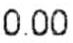
0.00